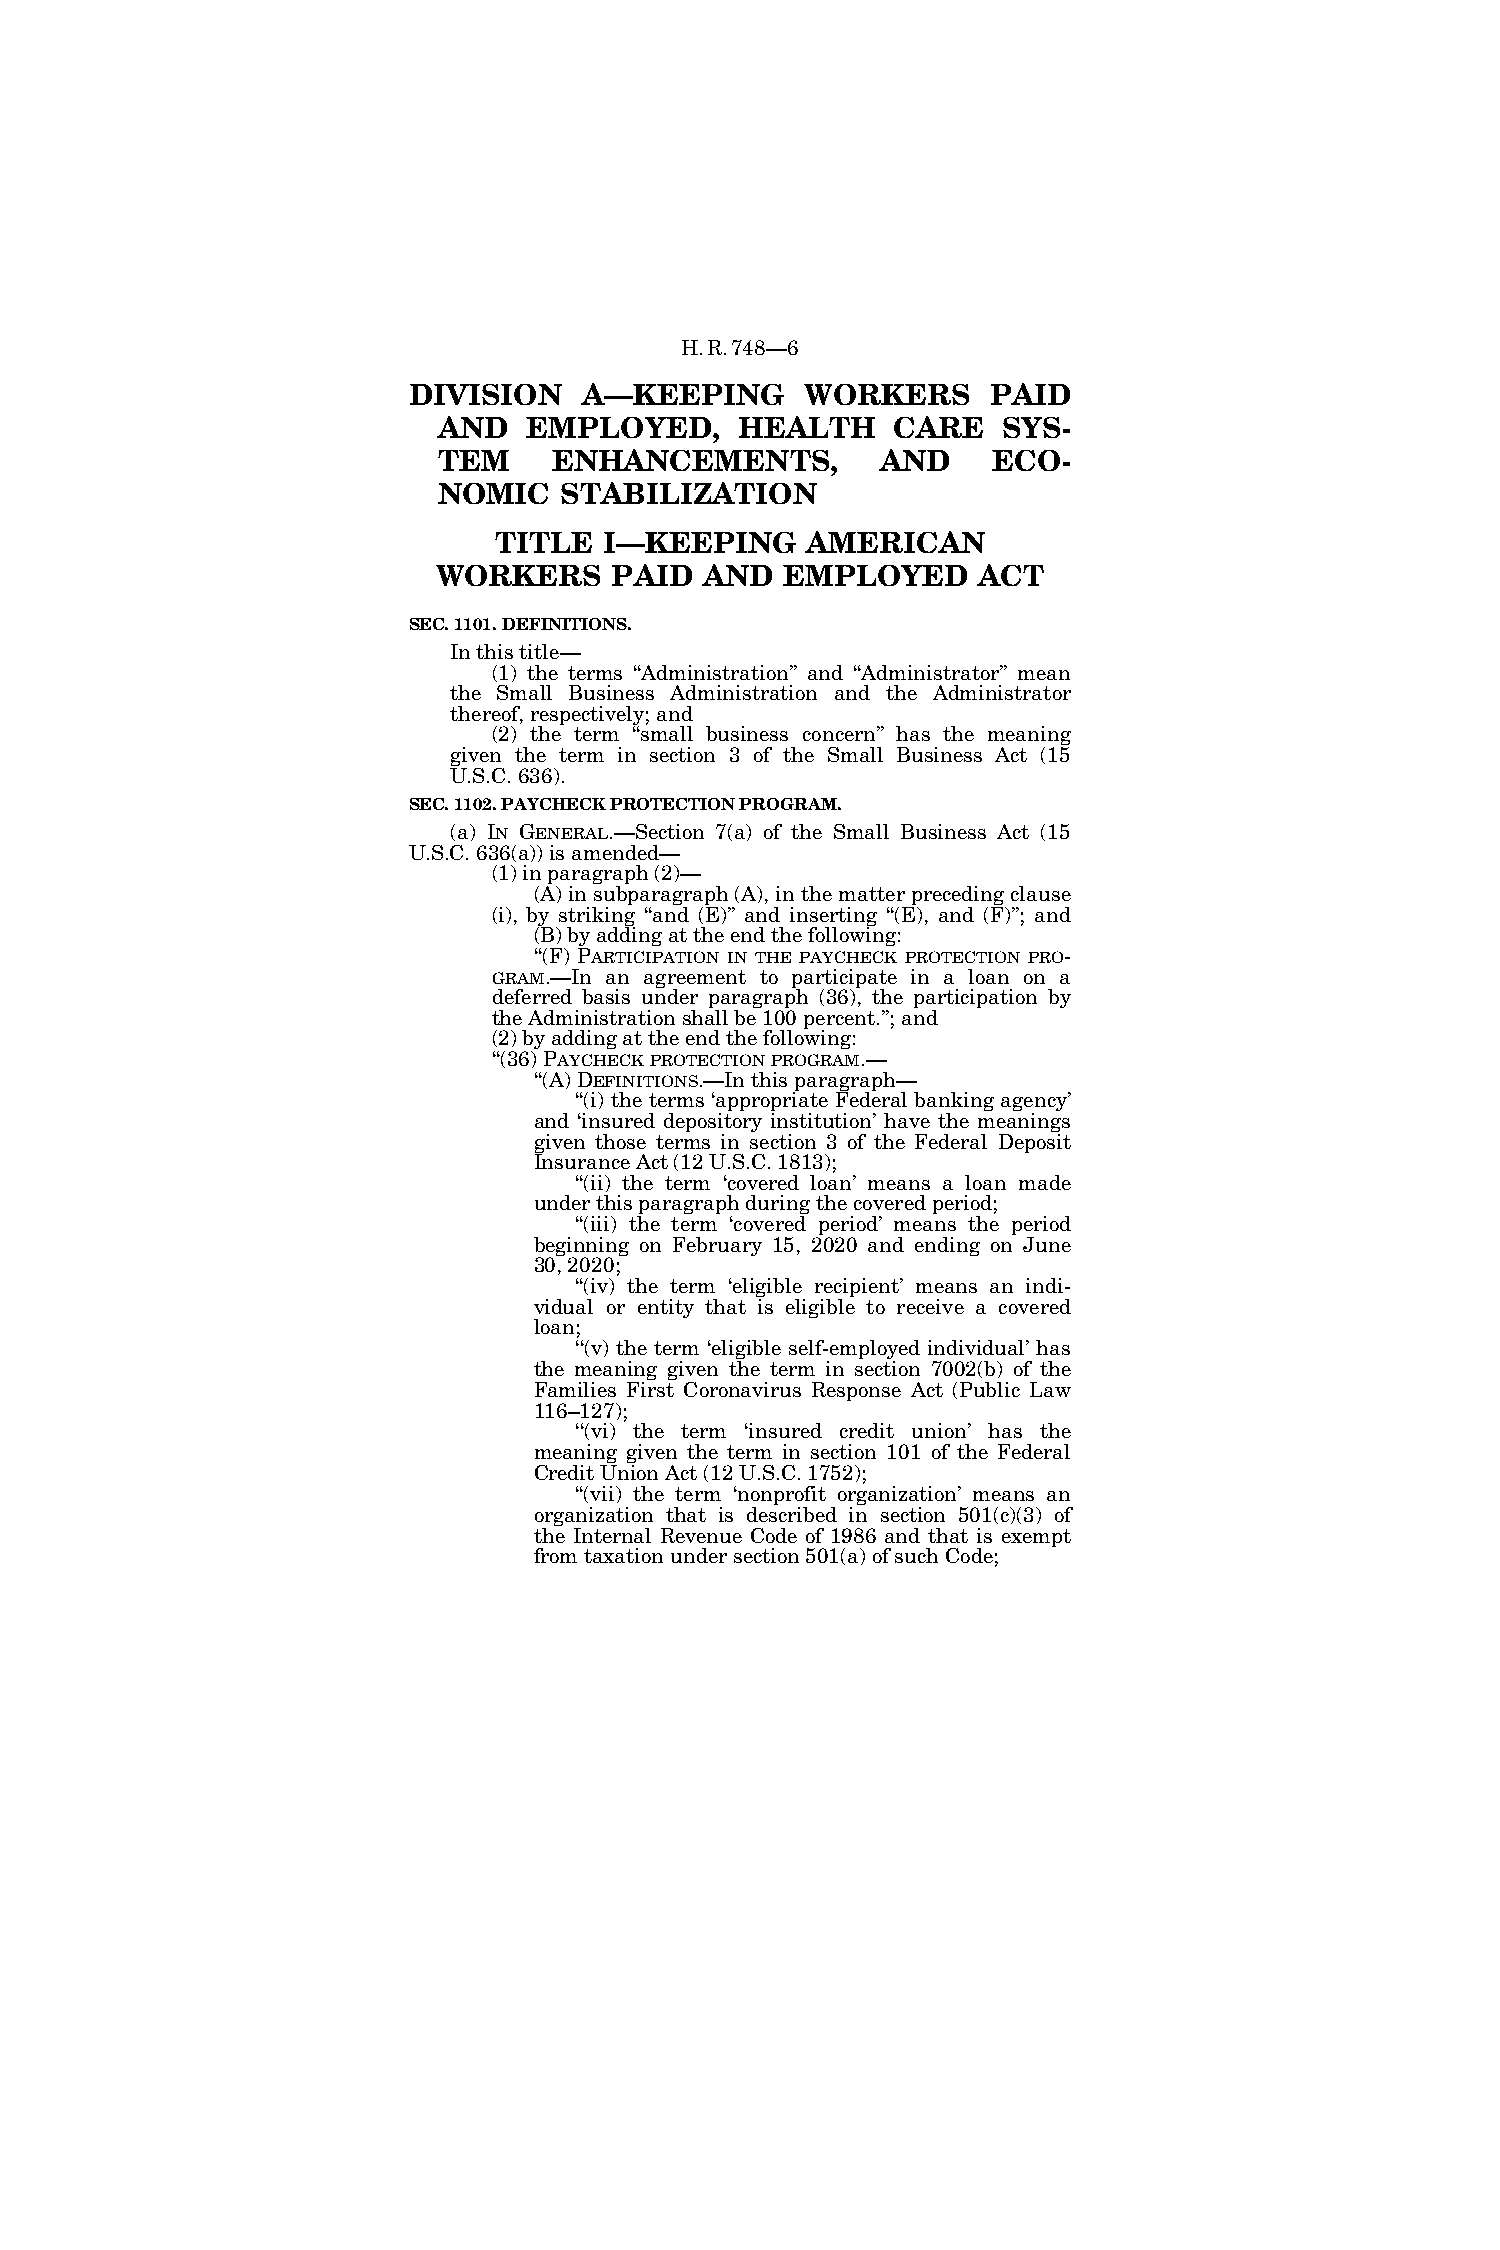
H.R.748—6
 DIVISION    A—KEEPING     WORKERS      PAID
 AND   EMPLOYED,     HEALTH    CARE   SYS-
 TEM     ENHANCEMENTS,        AND     ECO-
 NOMIC   STABILIZATION
 TITLE  I—KEEPING    AMERICAN
 WORKERS    PAID   AND  EMPLOYED     ACT
 SEC. 1101. DEFINITIONS.
 In this title—
 (1) the terms ‘‘Administration’’ and ‘‘Administrator’’ mean
 the Small Business Administration and the Administrator
 thereof, respectively; and
 (2) the term ‘‘small business concern’’ has the meaning
 given the term in section 3 of the Small Business Act (15
 U.S.C. 636).
 SEC. 1102. PAYCHECK PROTECTION PROGRAM.
 (a) IN GENERAL.—Section 7(a) of the Small Business Act (15
 U.S.C. 636(a)) is amended—
 (1) in paragraph (2)—
 (A) in subparagraph (A), in the matter preceding clause
 (i), by striking ‘‘and (E)’’ and inserting ‘‘(E), and (F)’’; and
 (B) by adding at the end the following:
 ‘‘(F) PARTICIPATION IN THE PAYCHECK PROTECTION PRO-
 GRAM.—In an agreement to participate in a loan on a
 deferred basis under paragraph (36), the participation by
 the Administration shall be 100 percent.’’; and
 (2) by adding at the end the following:
 ‘‘(36) PAYCHECKPROTECTIONPROGRAM.—
 ‘‘(A) DEFINITIONS.—In this paragraph—
 ‘‘(i) the terms ‘appropriate Federal banking agency’
 and ‘insured depository institution’ have the meanings
 given those terms in section 3 of the Federal Deposit
 Insurance Act (12 U.S.C. 1813);
 ‘‘(ii) the term ‘covered loan’ means a loan made
 under this paragraph during the covered period;
 ‘‘(iii) the term ‘covered period’ means the period
 beginning on February 15, 2020 and ending on June
 30, 2020;
 ‘‘(iv) the term ‘eligible recipient’ means an indi-
 vidual or entity that is eligible to receive a covered
 loan;
 ‘‘(v) the term ‘eligible self-employed individual’ has
 the meaning given the term in section 7002(b) of the
 Families First Coronavirus Response Act (Public Law
 116–127);
 ‘‘(vi) the term ‘insured credit union’ has the
 meaning given the term in section 101 of the Federal
 Credit Union Act (12 U.S.C. 1752);
 ‘‘(vii) the term ‘nonprofit organization’ means an
 organization that is described in section 501(c)(3) of
 the Internal Revenue Code of 1986 and that is exempt
 from taxation under section 501(a) of such Code;